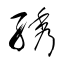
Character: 綉